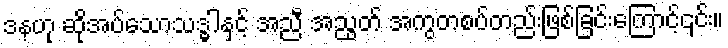
ဒနဟု ဆိုအပ်သောသဒ္ဓါနှင့် အညီ အညွတ် အကွတစပ်တည်းဖြစ်ခြင်းကြောင့်၎င်း။